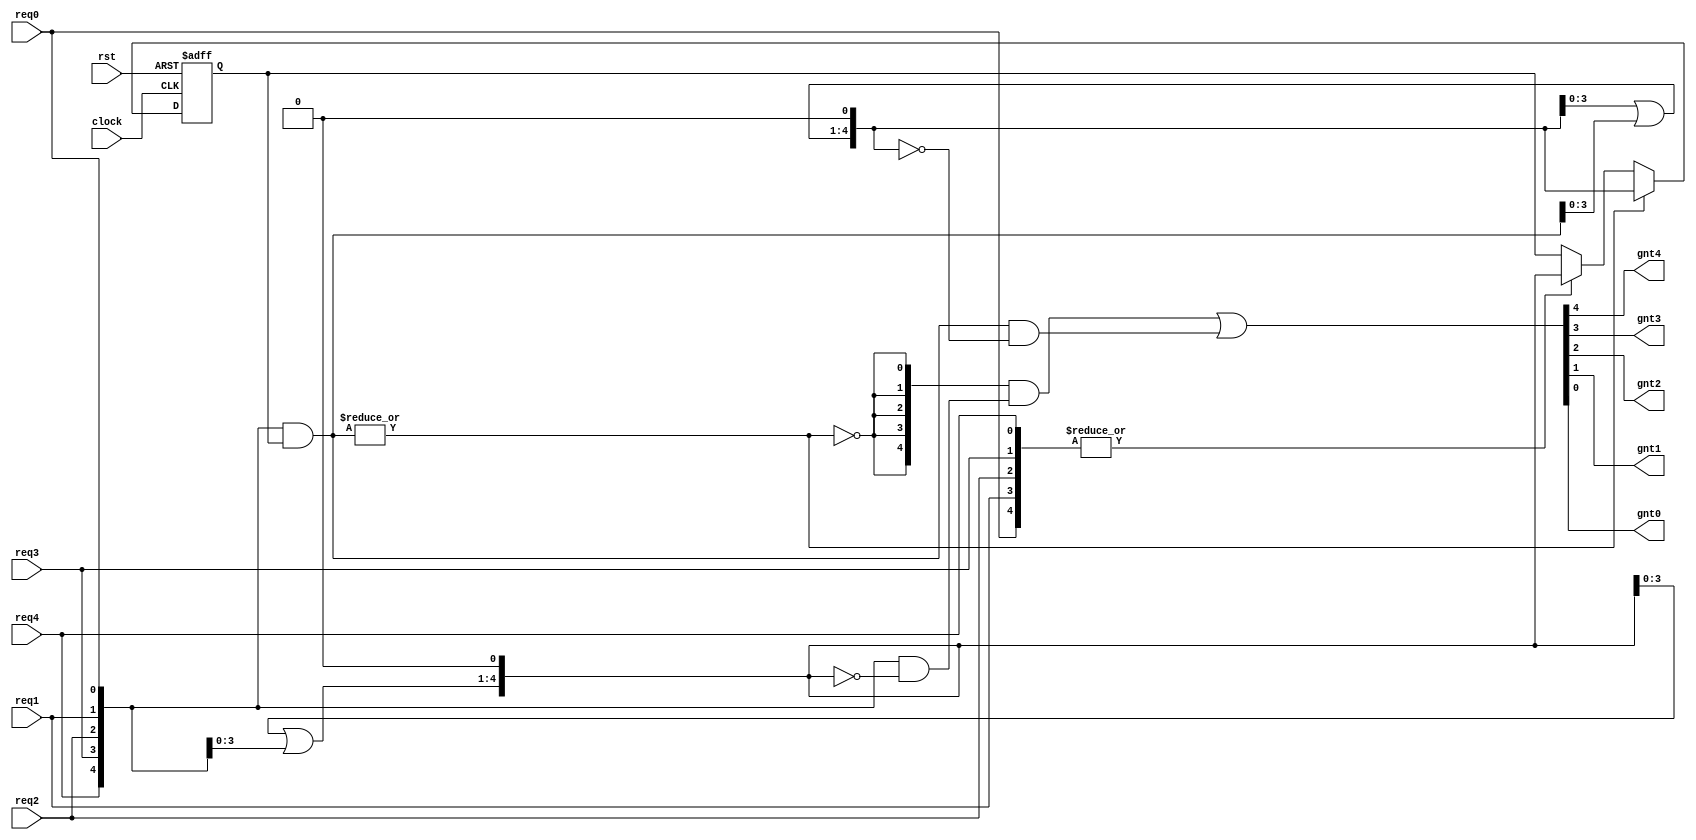
`timescale 1ns / 1ps
//////////////////////////////////////////////////////////////////////////////////
// Company: 
// Engineer: 
// 
// Design Name: 
// Module Name:    RR_arbiter2 
// Project Name: 
// Target Devices: 
// Tool versions: 
// Description: 
//
// Dependencies: 
//
// Revision: 
// Revision 0.01 - File Created
// Additional Comments: 
//
//////////////////////////////////////////////////////////////////////////////////

/*
	A VERIOG-HDL IMPLEMENTATION OF VIRTUAL CHANNELS IN A NETWORK-ON-CHIP ROUTER
                A Thesis by SUNGHO PARK
   Fig. 52. Verilog code of a round-robin arbiter in a generic and ViChaR router
	Main Ref:  "Arbiters: Design Ideas and Coding Styles"
			Page 19  -- Listing 12 - mask_expand round-robin arbiter
*/

module RR_arbiter(
clock,
rst,
req4,
req3,
req2,
req1,
req0,
gnt4,
gnt3,
gnt2,
gnt1,
gnt0
);
parameter [4:0] N = 5'd5;
input 	clock;
input 	rst;
input 	req4;
input 	req3;
input 	req2;
input 	req1;
input 	req0;
output	gnt4;
output	gnt3;
output 	gnt2;
output 	gnt1;
output 	gnt0;
//Declarations
reg 	[N-1:0] pointer_reg;//priority vector
wire 	[N-1:0] req;//request vector
// ----------------------- Combinational Logic  ------------------------------ //  
assign req = {req4,req3, req2, req1, req0};
//Declarations
wire  [N-1:0] gnt;
// ----------------------- Combinational Logic  ------------------------------ //  
assign gnt4 = gnt[4];
assign gnt3 = gnt[3];
assign gnt2 = gnt[2];
assign gnt1 = gnt[1];
assign gnt0 = gnt[0];

//************ Masked Path -- FPA********
// Simple priority arbitration for masked portion
//Declarations
wire [N-1:0] req_masked;
wire [N-1:0] mask_higher_pri_regs;
wire [N-1:0] gnt_masked;
// ----------------------- Combinational Logic  ------------------------------ //  
assign req_masked = req & pointer_reg; // masking
assign mask_higher_pri_regs[N-1:1] = mask_higher_pri_regs[N-2:0] | req_masked[N-2:0]; //shifting
assign mask_higher_pri_regs[0] = 1'b0;
assign gnt_masked[N-1:0] = req_masked[N-1:0] & ~mask_higher_pri_regs[N-1:0]; //granting

//********* Un Masked Path -- FPA **********
// Simple priority arbitration for unmasked portion
//Declarations
wire [N-1:0] unmask_higher_pri_regs;
wire [N-1:0] gnt_unmasked;
// ----------------------- Combinational Logic  ------------------------------ //  
assign unmask_higher_pri_regs[N-1:1] = unmask_higher_pri_regs[N-2:0] | req[N-2:0];
assign unmask_higher_pri_regs[0] = 1'b0;
assign gnt_unmasked[N-1:0] = req[N-1:0] & ~unmask_higher_pri_regs[N-1:0];

// Use grant_masked if there is any there, otherwise use grant_unmasked.
//Declarations
wire no_req_masked;
// ----------------------- Combinational Logic  ------------------------------ //  
assign no_req_masked = ~(|req_masked); // not OR tree 
assign gnt = ({N{no_req_masked}} & gnt_unmasked) | gnt_masked; //Red MUX

//*********** Sequential Logic ******************
// Pointer update
always @(negedge rst or posedge clock) 
	begin
		if(!rst) 
			begin
				pointer_reg <= {N{1'b1}};
			end 
		else 
			begin
				if(|req_masked) pointer_reg <= mask_higher_pri_regs;// Which arbiter was used?
				else if(|req) pointer_reg <= unmask_higher_pri_regs;// Only update if there's a req
				else pointer_reg <= pointer_reg;
			end
	end

endmodule